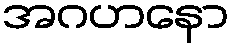
အဂဟနော